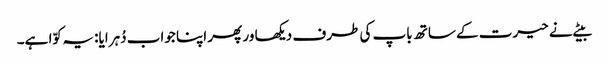
بیٹے نے حیرت کے ساتھ باپ کی طرف دیکھا ور پھر اپنا جواب دُہرایا: یہ کوّا ہے۔